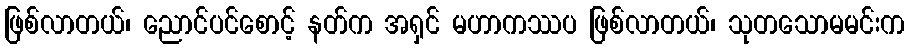
ဖြစ်လာတယ်၊ ညောင်ပင်စောင့် နတ်က အရှင် မဟာကဿပ ဖြစ်လာတယ်၊ သုတသောမမင်းက